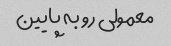
معمولی رو به پایین